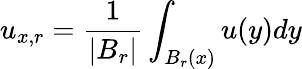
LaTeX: u_{x,r}={\frac{1}{|B_{r}|}}\int_{B_{r}(x)}u(y)dy